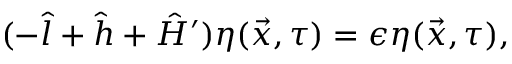
( - \hat { l } + \hat { h } + \hat { H } ^ { \prime } ) \eta ( \vec { x } , \tau ) = \epsilon \eta ( \vec { x } , \tau ) ,